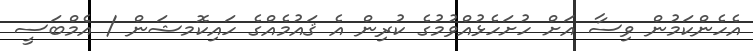
އެހެންކަމުން ވިސާ އަށް ހުށަހެޅުއްވުމުގެ ކުރިން އެ ޤައުމެއްގެ ހައިކޮމޝަން / އެމްބަސީ